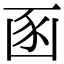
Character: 𮙚